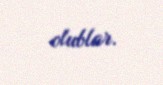
olublar.